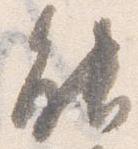
能